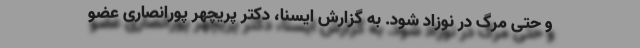
و حتی مرگ در نوزاد شود. به گزارش ایسنا، دکتر پریچهر پورانصاری عضو